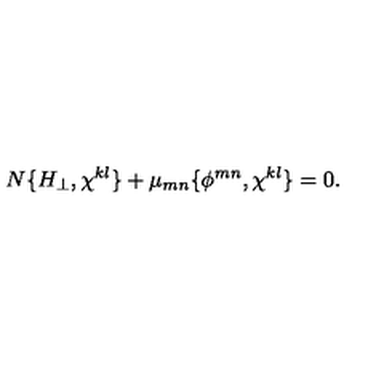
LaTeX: N \{ H _ { \perp } , \chi ^ { k l } \} + \mu _ { m n } \{ \phi ^ { m n } , \chi ^ { k l } \} = 0 .